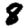
Digit: 8